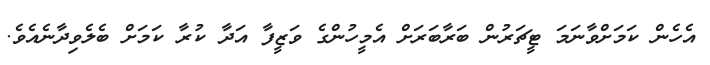
އެހެން ކަމަށްވާނަމަ ޓީޗަރުން ބަރާބަރަށް އެމީހުންގެ ވަޒީފާ އަދާ ކުރާ ކަމަށް ބެލެވިދާނެއެވެ.